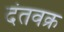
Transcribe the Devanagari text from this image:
दंतवक्र